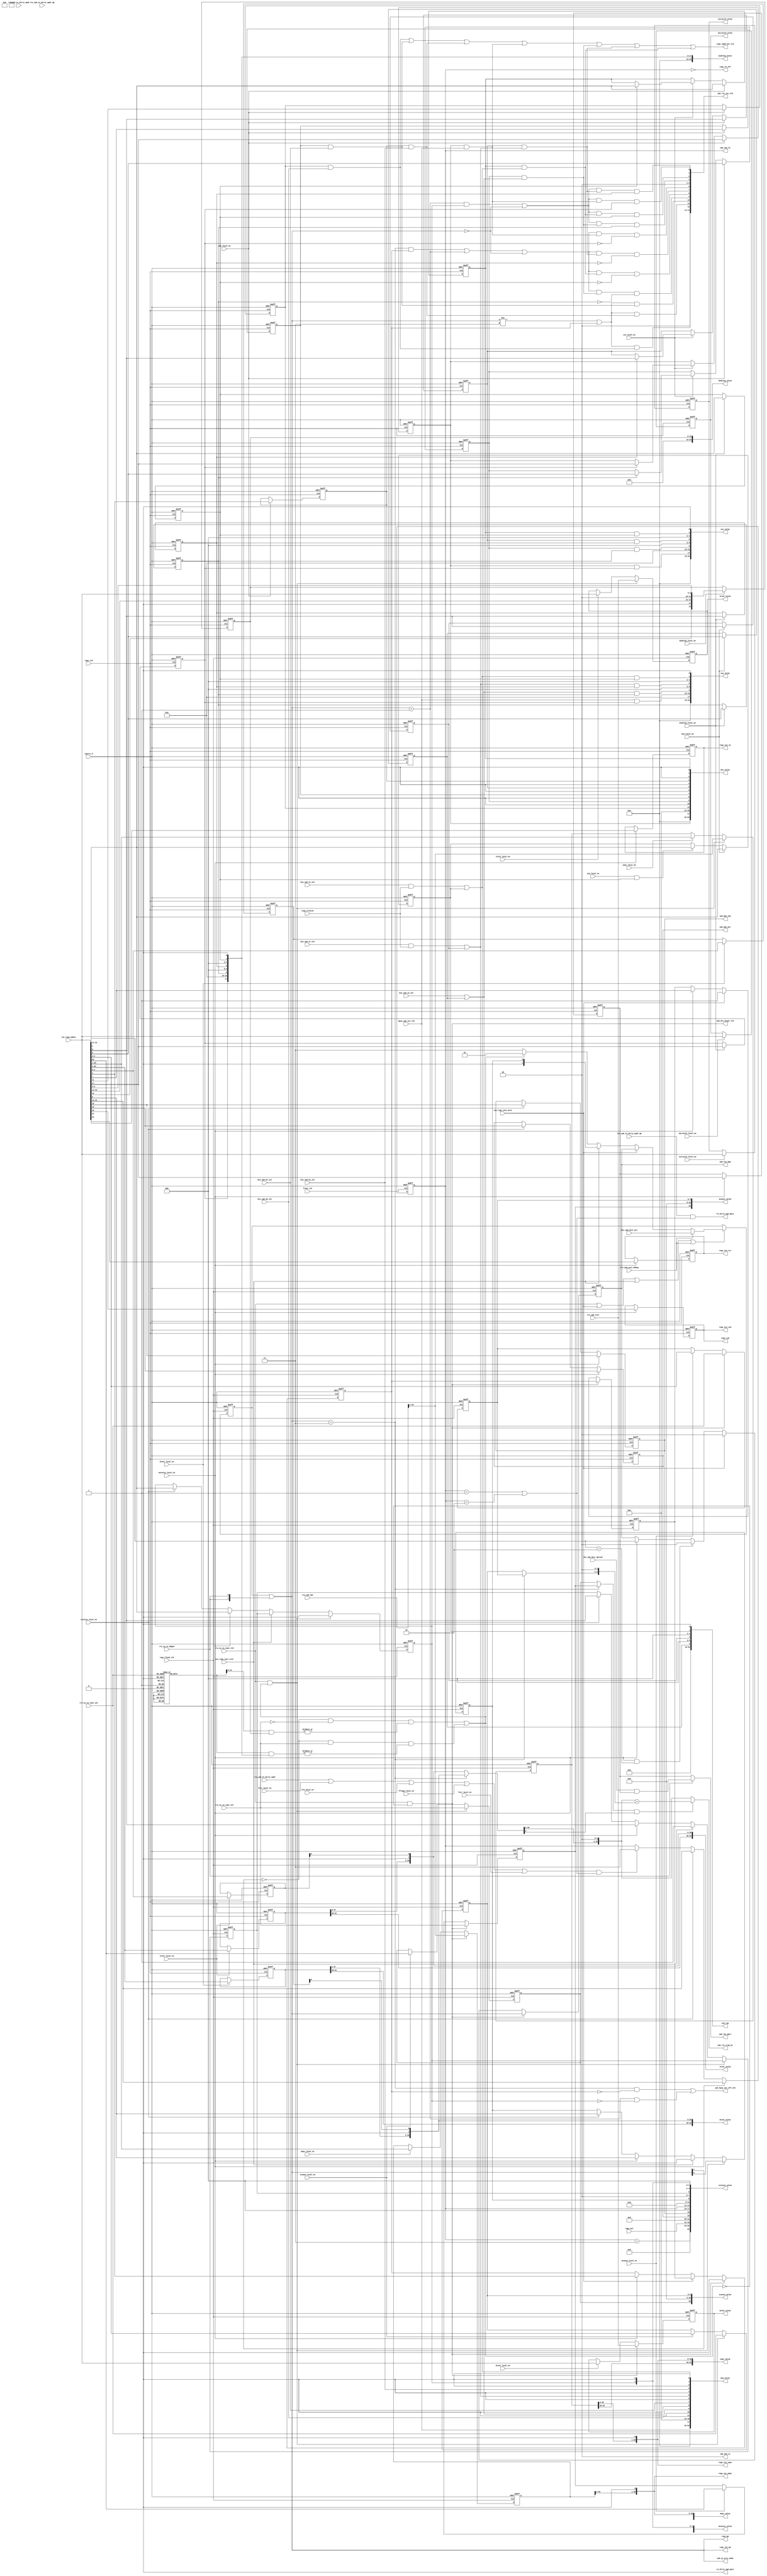
// This program was cloned from: https://github.com/T-head-Semi/openc906
// License: Apache License 2.0

/*Copyright 2020-2021 T-Head Semiconductor Co., Ltd.

Licensed under the Apache License, Version 2.0 (the "License");
you may not use this file except in compliance with the License.
You may obtain a copy of the License at

    http://www.apache.org/licenses/LICENSE-2.0

Unless required by applicable law or agreed to in writing, software
distributed under the License is distributed on an "AS IS" BASIS,
WITHOUT WARRANTIES OR CONDITIONS OF ANY KIND, either express or implied.
See the License for the specific language governing permissions and
limitations under the License.
*/

// &ModuleBeg; @23
module aq_cp0_trap_csr(
  biu_cp0_me_int,
  biu_cp0_ms_int,
  biu_cp0_mt_int,
  biu_cp0_se_int,
  biu_cp0_ss_int,
  biu_cp0_st_int,
  cp0_dtu_mexpt_vld,
  cp0_hpcp_int_off_vld,
  cp0_idu_fs,
  cp0_idu_vs,
  cp0_lsu_mpp,
  cp0_lsu_mprv,
  cp0_mmu_mxr,
  cp0_mmu_sum,
  cp0_rtu_int_vld,
  cp0_rtu_trap_pc,
  cp0_yy_priv_mode,
  cpurst_b,
  dtu_cp0_dcsr_mprven,
  dtu_cp0_dcsr_prv,
  fcsr_local_en,
  fflags_local_en,
  float_clk,
  frm_local_en,
  fs_dirty_upd_gate,
  fxcr_local_en,
  hpcp_cp0_int_vld,
  iui_regs_inst_mret,
  iui_regs_inst_sret,
  iui_regs_wdata,
  mcause_local_en,
  mcause_value,
  medeleg_local_en,
  medeleg_value,
  mepc_local_en,
  mepc_value,
  mideleg_local_en,
  mideleg_value,
  mie_local_en,
  mie_value,
  mip_local_en,
  mip_value,
  mscratch_local_en,
  mscratch_value,
  mstatus_local_en,
  mstatus_value,
  mtval_local_en,
  mtval_value,
  mtvec_local_en,
  mtvec_value,
  regs_clintee,
  regs_clk,
  regs_flush_clk,
  regs_fs_off,
  regs_iui_mepc,
  regs_iui_pm,
  regs_iui_sepc,
  regs_iui_tsr,
  regs_iui_tvm,
  regs_iui_tw,
  regs_lpmd_int_vld,
  regs_mxl,
  regs_pm,
  regs_tvm,
  rtu_cp0_epc,
  rtu_cp0_exit_debug,
  rtu_cp0_fs_dirty_updt,
  rtu_cp0_fs_dirty_updt_dp,
  rtu_cp0_tval,
  rtu_cp0_vs_dirty_updt,
  rtu_cp0_vs_dirty_updt_dp,
  rtu_yy_xx_dbgon,
  rtu_yy_xx_expt_int,
  rtu_yy_xx_expt_vec,
  rtu_yy_xx_expt_vld,
  scause_local_en,
  scause_value,
  sepc_local_en,
  sepc_value,
  sie_local_en,
  sie_value,
  sip_local_en,
  sip_raw,
  sip_value,
  sscratch_local_en,
  sscratch_value,
  sstatus_local_en,
  sstatus_value,
  stval_local_en,
  stval_value,
  stvec_local_en,
  stvec_value,
  vs_dirty_upd_gate
);


// &Ports; @25
input           biu_cp0_me_int;          
input           biu_cp0_ms_int;          
input           biu_cp0_mt_int;          
input           biu_cp0_se_int;          
input           biu_cp0_ss_int;          
input           biu_cp0_st_int;          
input           cpurst_b;                
input           dtu_cp0_dcsr_mprven;     
input   [1 :0]  dtu_cp0_dcsr_prv;        
input           fcsr_local_en;           
input           fflags_local_en;         
input           float_clk;               
input           frm_local_en;            
input           fxcr_local_en;           
input           hpcp_cp0_int_vld;        
input           iui_regs_inst_mret;      
input           iui_regs_inst_sret;      
input   [63:0]  iui_regs_wdata;          
input           mcause_local_en;         
input           medeleg_local_en;        
input           mepc_local_en;           
input           mideleg_local_en;        
input           mie_local_en;            
input           mip_local_en;            
input           mscratch_local_en;       
input           mstatus_local_en;        
input           mtval_local_en;          
input           mtvec_local_en;          
input           regs_clintee;            
input           regs_clk;                
input           regs_flush_clk;          
input   [1 :0]  regs_mxl;                
input   [63:0]  rtu_cp0_epc;             
input           rtu_cp0_exit_debug;      
input           rtu_cp0_fs_dirty_updt;   
input           rtu_cp0_fs_dirty_updt_dp; 
input   [63:0]  rtu_cp0_tval;            
input           rtu_cp0_vs_dirty_updt;   
input           rtu_cp0_vs_dirty_updt_dp; 
input           rtu_yy_xx_dbgon;         
input           rtu_yy_xx_expt_int;      
input   [4 :0]  rtu_yy_xx_expt_vec;      
input           rtu_yy_xx_expt_vld;      
input           scause_local_en;         
input           sepc_local_en;           
input           sie_local_en;            
input           sip_local_en;            
input           sscratch_local_en;       
input           sstatus_local_en;        
input           stval_local_en;          
input           stvec_local_en;          
output          cp0_dtu_mexpt_vld;       
output          cp0_hpcp_int_off_vld;    
output  [1 :0]  cp0_idu_fs;              
output  [1 :0]  cp0_idu_vs;              
output  [1 :0]  cp0_lsu_mpp;             
output          cp0_lsu_mprv;            
output          cp0_mmu_mxr;             
output          cp0_mmu_sum;             
output  [14:0]  cp0_rtu_int_vld;         
output  [39:0]  cp0_rtu_trap_pc;         
output  [1 :0]  cp0_yy_priv_mode;        
output          fs_dirty_upd_gate;       
output  [63:0]  mcause_value;            
output  [63:0]  medeleg_value;           
output  [63:0]  mepc_value;              
output  [63:0]  mideleg_value;           
output  [63:0]  mie_value;               
output  [63:0]  mip_value;               
output  [63:0]  mscratch_value;          
output  [63:0]  mstatus_value;           
output  [63:0]  mtval_value;             
output  [63:0]  mtvec_value;             
output          regs_fs_off;             
output  [39:0]  regs_iui_mepc;           
output  [1 :0]  regs_iui_pm;             
output  [39:0]  regs_iui_sepc;           
output          regs_iui_tsr;            
output          regs_iui_tvm;            
output          regs_iui_tw;             
output          regs_lpmd_int_vld;       
output  [1 :0]  regs_pm;                 
output          regs_tvm;                
output  [63:0]  scause_value;            
output  [63:0]  sepc_value;              
output  [63:0]  sie_value;               
output  [63:0]  sip_raw;                 
output  [63:0]  sip_value;               
output  [63:0]  sscratch_value;          
output  [63:0]  sstatus_value;           
output  [63:0]  stval_value;             
output  [63:0]  stvec_value;             
output          vs_dirty_upd_gate;       

// &Regs; @26
reg     [15:0]  edeleg;                  
reg     [1 :0]  fs_reg;                  
reg             m_intr;                  
reg     [4 :0]  m_vector;                
reg             meie;                    
reg     [62:0]  mepc_reg;                
reg             mie_bit;                 
reg             moie;                    
reg             moie_deleg;              
reg             mpie;                    
reg     [1 :0]  mpp;                     
reg             mprv;                    
reg     [63:0]  mscratch;                
reg             msie;                    
reg             mtie;                    
reg     [63:0]  mtval_data;              
reg     [61:0]  mtvec_base;              
reg     [1 :0]  mtvec_mode;              
reg             mxr;                     
reg     [1 :0]  pm_bits;                 
reg     [1 :0]  pm_wdata;                
reg             s_intr;                  
reg     [4 :0]  s_vector;                
reg             seie;                    
reg             seie_deleg;              
reg             seip_reg;                
reg     [62:0]  sepc_reg;                
reg             sie_bit;                 
reg             spie;                    
reg             spp;                     
reg     [63:0]  sscratch;                
reg             ssie;                    
reg             ssie_deleg;              
reg             ssip_reg;                
reg             stie;                    
reg             stie_deleg;              
reg             stip_reg;                
reg     [63:0]  stval_data;              
reg     [61:0]  stvec_base;              
reg     [1 :0]  stvec_mode;              
reg             sum;                     
reg             tsr;                     
reg             tvm;                     
reg             tw;                      
reg     [18:0]  vec_num;                 

// &Wires; @27
wire            biu_cp0_me_int;          
wire            biu_cp0_ms_int;          
wire            biu_cp0_mt_int;          
wire            biu_cp0_se_int;          
wire            biu_cp0_ss_int;          
wire            biu_cp0_st_int;          
wire            cp0_dtu_mexpt_vld;       
wire            cp0_hpcp_int_off_vld;    
wire    [1 :0]  cp0_idu_fs;              
wire    [1 :0]  cp0_idu_vs;              
wire    [1 :0]  cp0_lsu_mpp;             
wire            cp0_lsu_mprv;            
wire            cp0_mmu_mxr;             
wire            cp0_mmu_sum;             
wire    [14:0]  cp0_rtu_int_vld;         
wire    [39:0]  cp0_rtu_trap_pc;         
wire    [1 :0]  cp0_yy_priv_mode;        
wire            cpurst_b;                
wire            dtu_cp0_dcsr_mprven;     
wire    [1 :0]  dtu_cp0_dcsr_prv;        
wire    [15:0]  edeleg_upd_val;          
wire            fcsr_local_en;           
wire            fflags_local_en;         
wire            float_clk;               
wire            frm_local_en;            
wire    [1 :0]  fs;                      
wire            fs_dirty_upd;            
wire            fs_dirty_upd_gate;       
wire            fs_off;                  
wire            fxcr_local_en;           
wire            hpcp_cp0_int_vld;        
wire            int_off_vld;             
wire    [14:0]  int_sel;                 
wire            iui_regs_inst_mret;      
wire            iui_regs_inst_sret;      
wire    [63:0]  iui_regs_wdata;          
wire            lpmd_ack_vld;            
wire            mcause_local_en;         
wire    [63:0]  mcause_value;            
wire            mcie;                    
wire            mcie_deleg;              
wire            mcip;                    
wire            mcip_acc_en;             
wire            mcip_deleg_vld;          
wire            mcip_en;                 
wire            mcip_nodeleg_vld;        
wire            mdeleg_vld_dp;           
wire            medeleg_local_en;        
wire    [63:0]  medeleg_value;           
wire            medeleg_vld_dp;          
wire            meip;                    
wire            meip_en;                 
wire            meip_vld;                
wire            mepc_local_en;           
wire    [63:0]  mepc_value;              
wire            mhie;                    
wire            mhie_deleg;              
wire            mhip;                    
wire            mhip_acc_en;             
wire            mhip_deleg_vld;          
wire            mhip_en;                 
wire            mhip_nodeleg_vld;        
wire    [63:0]  mideleg;                 
wire            mideleg_local_en;        
wire    [63:0]  mideleg_value;           
wire            mideleg_vld_dp;          
wire            mie_local_en;            
wire    [63:0]  mie_value;               
wire            mip_local_en;            
wire    [63:0]  mip_value;               
wire            moip;                    
wire            moip_acc_en;             
wire            moip_deleg_vld;          
wire            moip_en;                 
wire            moip_nodeleg_vld;        
wire            mpv;                     
wire            mscratch_local_en;       
wire    [63:0]  mscratch_value;          
wire            msip;                    
wire            msip_en;                 
wire            msip_vld;                
wire            mstatus_local_en;        
wire    [63:0]  mstatus_value;           
wire            mtip;                    
wire            mtip_en;                 
wire            mtip_vld;                
wire            mtval_local_en;          
wire    [63:0]  mtval_value;             
wire            mtvec_local_en;          
wire    [63:0]  mtvec_value;             
wire    [1 :0]  pm;                      
wire            pm_wen;                  
wire            regs_clintee;            
wire            regs_clk;                
wire            regs_flush_clk;          
wire            regs_fs_off;             
wire            regs_intr;               
wire    [39:0]  regs_iui_mepc;           
wire    [1 :0]  regs_iui_pm;             
wire    [39:0]  regs_iui_sepc;           
wire            regs_iui_tsr;            
wire            regs_iui_tvm;            
wire            regs_iui_tw;             
wire            regs_lpmd_int_vld;       
wire            regs_mpp_write_ill;      
wire    [1 :0]  regs_mxl;                
wire    [1 :0]  regs_pm;                 
wire    [39:0]  regs_trap_pc;            
wire    [39:0]  regs_tvec;               
wire            regs_tvm;                
wire    [4 :0]  regs_vector;             
wire    [63:0]  rtu_cp0_epc;             
wire            rtu_cp0_exit_debug;      
wire            rtu_cp0_fs_dirty_updt;   
wire            rtu_cp0_fs_dirty_updt_dp; 
wire    [63:0]  rtu_cp0_tval;            
wire            rtu_yy_xx_dbgon;         
wire            rtu_yy_xx_expt_int;      
wire    [4 :0]  rtu_yy_xx_expt_vec;      
wire            rtu_yy_xx_expt_vld;      
wire            scause_local_en;         
wire    [63:0]  scause_value;            
wire            sd;                      
wire            seip;                    
wire            seip_acc_en;             
wire            seip_deleg_vld;          
wire            seip_en;                 
wire            seip_nodeleg_vld;        
wire            sepc_local_en;           
wire    [63:0]  sepc_value;              
wire            sie_local_en;            
wire    [63:0]  sie_value;               
wire            sip_local_en;            
wire    [63:0]  sip_raw;                 
wire    [63:0]  sip_value;               
wire            sscratch_local_en;       
wire    [63:0]  sscratch_value;          
wire            ssip;                    
wire            ssip_acc_en;             
wire            ssip_deleg_vld;          
wire            ssip_en;                 
wire            ssip_nodeleg_vld;        
wire            sstatus_local_en;        
wire            sstatus_spp;             
wire    [63:0]  sstatus_value;           
wire            stip;                    
wire            stip_acc_en;             
wire            stip_deleg_vld;          
wire            stip_en;                 
wire            stip_nodeleg_vld;        
wire            stval_local_en;          
wire    [63:0]  stval_value;             
wire            stvec_local_en;          
wire    [63:0]  stvec_value;             
wire    [1 :0]  sxl;                     
wire    [1 :0]  uxl;                     
wire    [39:0]  vec_int_pc;              
wire    [1 :0]  vs;                      
wire            vs_dirty_upd_gate;       
wire            vxrm_local_en;           
wire            vxsat_local_en;          
wire    [1 :0]  xs;                      


//==========================================================
//                 Trap Setup and Handling
//==========================================================
//----------------------------------------------------------
//                    Machine Trap Setup
//----------------------------------------------------------
// |------------|---------------------|--------------------|
// |    Name    |    Description      |        Note        |
// |------------|---------------------|--------------------|
// | mstatus    | M status register.  |                    |
// | medeleg    | M expt delegation.  |                    |
// | mideleg    | M int delegation.   |                    |
// | mie        | M int enable.       |                    |
// | mtvec      | M trap handle addr. |                    |
// |------------|---------------------|--------------------|
// ps. misa in info_csr;
//     mcounteren in hpcp_csr.

//----------------------------------------------------------
//                    Machine Trap Setup
//----------------------------------------------------------
// |------------|---------------------|--------------------|
// |    Name    |    Description      |        Note        |
// |------------|---------------------|--------------------|
// | mscratch   | Scrratch for M trap.|                    |
// | mepc       | M expt pc.          |                    |
// | mcause     | M trap cause.       |                    |
// | mtval      | M bad addr or inst. |                    |
// | mip        | M int pedning.    . |                    |
// |------------|---------------------|--------------------|

//----------------------------------------------------------
//                  Supervisor Trap Setup
//----------------------------------------------------------
// |------------|---------------------|--------------------|
// |    Name    |    Description      |        Note        |
// |------------|---------------------|--------------------|
// | sstatus    | S status register.  |                    |
// | sie        | S int enable.       |                    |
// | stvec      | S trap handle addr. |                    |
// |------------|---------------------|--------------------|
// ps. U-mode trap is not support, sedeleg and sideleg is not exist.
//    scounteren in hpcp_csr.

//----------------------------------------------------------
//                 Supervisor Trap Handling
//----------------------------------------------------------
// |------------|---------------------|--------------------|
// |    Name    |    Description      |        Note        |
// |------------|---------------------|--------------------|
// | sscratch   | Scrratch for S trap.|                    |
// | sepc       | S expt pc.          |                    |
// | scause     | S trap cause.       |                    |
// | stval      | S bad addr or inst. |                    |
// | sip        | S int pedning.    . |                    |
// |------------|---------------------|--------------------|

//==========================================================
//                    Define the MSTATUS
//==========================================================
// Machine Status Register
// 64-bit Machine Mode Read/Write
// Providing the CPU Status
// the definiton for MSTATUS register is listed as follows
// ===============================================================
// |63|62 40| 39|38 36|35 34|33 32|31 25|24 23| 22|21| 20| 19| 18|
// +--+-----+---+-----+-----+-----+-----+-----+---+--+---+---+---+
// |SD| Res |MPV| Res | SXL | UXL | Res | VS  |TSR|TM|TVM|MXR|SUM|
// ===============================================================
// ===================================================================
// | 17 |16 15|14 13|12 11|10 9| 8 |  7 | 6 |  5 | 4 | 3 | 2 | 1 | 0 |
// +----+-----+-----+-----+----+---+----+---+----+---+---+---+---+---+
// |MPRV| Res | FS  | MPP | Res|SPP|MPIE|Res|SPIE|Res|MIE|Res|SIE|Res|
// ===================================================================
assign sd = vs[1:0] == 2'b11 || fs_reg[1:0] == 2'b11 || xs[1:0] == 2'b11;

assign mpv = 1'b0;

assign sxl[1:0] = regs_mxl[1:0];

assign uxl[1:0] = regs_mxl[1:0];

// &Force("input", "rtu_cp0_vs_dirty_updt"); @134
// &Force("input", "rtu_cp0_vs_dirty_updt_dp"); @135
assign vs = 2'b0;
assign vs_dirty_upd_gate = 1'b0;
assign vxrm_local_en = 1'b0;
assign vxsat_local_en = 1'b0;

always @(posedge regs_clk or negedge cpurst_b)
begin
  if(!cpurst_b)
  begin
    tsr  <= 1'b0;
    tw   <= 1'b0;
    tvm  <= 1'b0;
    mprv <= 1'b0;
  end
  else if(mstatus_local_en)
  begin
    tsr  <= iui_regs_wdata[22];
    tw   <= iui_regs_wdata[21];
    tvm  <= iui_regs_wdata[20];
    mprv <= iui_regs_wdata[17];
  end
  else
  begin
    tsr  <= tsr;
    tw   <= tw;
    tvm  <= tvm;
    mprv <= mprv;
  end
end

always @(posedge regs_clk or negedge cpurst_b)
begin
  if(!cpurst_b)
  begin
    mxr  <= 1'b0;
    sum  <= 1'b0;
  end
  else if(mstatus_local_en)
  begin
    mxr  <= iui_regs_wdata[19];
    sum  <= iui_regs_wdata[18];
  end
  else if(sstatus_local_en)
  begin
    mxr  <= iui_regs_wdata[19];
    sum  <= iui_regs_wdata[18];
  end
  else
  begin
    mxr  <= mxr;
    sum  <= sum;
  end
end

assign xs[1:0] = 2'b00;

assign fs_dirty_upd_gate = rtu_cp0_fs_dirty_updt_dp && (fs[1:0] == 2'b1 || fs[1:0] == 2'b10);
assign fs_dirty_upd = (rtu_cp0_fs_dirty_updt
                    || fcsr_local_en
                    || frm_local_en
                    || fflags_local_en
                    || fxcr_local_en
                    || vxrm_local_en
                    || vxsat_local_en)
                   && (fs[1:0] == 2'b1 || fs[1:0] == 2'b10);

always @(posedge float_clk or negedge cpurst_b)
begin
  if(!cpurst_b)
    fs_reg[1:0] <= 2'b0;
  else if(mstatus_local_en)
    fs_reg[1:0] <= iui_regs_wdata[14:13];
  else if(sstatus_local_en)
    fs_reg[1:0] <= iui_regs_wdata[14:13];
  else if(fs_dirty_upd)
    fs_reg[1:0] <= 2'b11;
  else
    fs_reg[1:0] <= fs_reg[1:0];
end

assign fs[1:0] = fs_reg[1:0];
assign fs_off = fs[1:0] == 2'b0;


// PM field in mxstatus.
assign pm_wen = rtu_yy_xx_expt_vld
                || iui_regs_inst_mret
                || iui_regs_inst_sret
                || rtu_cp0_exit_debug;

// &CombBeg; @235
always @( mdeleg_vld_dp
       or pm[1:0]
       or sstatus_spp
       or rtu_cp0_exit_debug
       or iui_regs_inst_sret
       or dtu_cp0_dcsr_prv[1:0]
       or mpp[1:0]
       or iui_regs_inst_mret)
begin
  if(rtu_cp0_exit_debug)
    pm_wdata[1:0] = dtu_cp0_dcsr_prv[1:0];
  else if(iui_regs_inst_mret)
    pm_wdata[1:0] = mpp[1:0];
  else if(iui_regs_inst_sret)
    pm_wdata[1:0] = {1'b0, sstatus_spp};
  else if(!mdeleg_vld_dp)
    pm_wdata[1:0] = 2'b11;
  else if(mdeleg_vld_dp)
    pm_wdata[1:0] = 2'b01;
  else
    pm_wdata[1:0] = pm[1:0];
// &CombEnd; @248
end

always @(posedge regs_flush_clk or negedge cpurst_b)
begin
  if(!cpurst_b)
    pm_bits[1:0] <= 2'b11;
  else if(pm_wen)
    pm_bits[1:0] <= pm_wdata[1:0];
  else
    pm_bits[1:0] <= pm_bits[1:0];
end

//when in debug mode, all op should executed at m mode priv level
assign pm[1:0] = pm_bits[1:0] | {2{rtu_yy_xx_dbgon}};

assign regs_mpp_write_ill = iui_regs_wdata[12:11] == 2'b10; 

always @(posedge regs_flush_clk or negedge cpurst_b)
begin
  if(!cpurst_b)
    mpp[1:0] <= 2'b11;
  else if(rtu_yy_xx_expt_vld && !mdeleg_vld_dp)
    mpp[1:0] <= pm[1:0];
  else if(iui_regs_inst_mret)
    mpp[1:0] <= 2'b00;
  else if(mstatus_local_en && regs_mpp_write_ill)
    mpp[1:0] <= 2'b00;
  else if(mstatus_local_en)
    mpp[1:0] <= iui_regs_wdata[12:11];
  else
    mpp[1:0] <= mpp[1:0];
end

always @(posedge regs_flush_clk or negedge cpurst_b)
begin
  if(!cpurst_b)
    spp <= 1'b1;
  else if(rtu_yy_xx_expt_vld && mdeleg_vld_dp)
    spp <= pm[0];
  else if(iui_regs_inst_sret)
    spp <= 1'b0;
  else if(mstatus_local_en)
    spp <= iui_regs_wdata[8];
  else if(sstatus_local_en)
    spp <= iui_regs_wdata[8];
  else
    spp <= spp;
end

assign sstatus_spp = spp;

always @(posedge regs_flush_clk or negedge cpurst_b)
begin
  if(!cpurst_b)
    mpie <= 1'b0;
  else if(rtu_yy_xx_expt_vld && !mdeleg_vld_dp)
    mpie <= mie_bit;
  else if(iui_regs_inst_mret)
    mpie <= 1'b1;
  else if(mstatus_local_en)
    mpie <= iui_regs_wdata[7];
  else
    mpie <= mpie;
end

always @(posedge regs_flush_clk or negedge cpurst_b)
begin
  if(!cpurst_b)
    spie <= 1'b0;
  else if(rtu_yy_xx_expt_vld && mdeleg_vld_dp)
    spie <= sie_bit;
  else if(iui_regs_inst_sret)
    spie <= 1'b1;
  else if(mstatus_local_en)
    spie <= iui_regs_wdata[5];
  else if(sstatus_local_en)
    spie <= iui_regs_wdata[5];
  else
    spie <= spie;
end

always @(posedge regs_flush_clk or negedge cpurst_b)
begin
  if(!cpurst_b)
    mie_bit <= 1'b0;
  else if(rtu_yy_xx_expt_vld && !mdeleg_vld_dp)
    mie_bit <= 1'b0;
  else if(iui_regs_inst_mret)
    mie_bit <= mpie;
  else if(mstatus_local_en)
    mie_bit <= iui_regs_wdata[3];
  else
    mie_bit <= mie_bit;
end

always @(posedge regs_flush_clk or negedge cpurst_b)
begin
  if(!cpurst_b)
    sie_bit <= 1'b0;
  else if(rtu_yy_xx_expt_vld && mdeleg_vld_dp)
    sie_bit <= 1'b0;
  else if(iui_regs_inst_sret)
    sie_bit <= spie;
  else if(mstatus_local_en)
    sie_bit <= iui_regs_wdata[1];
  else if(sstatus_local_en)
    sie_bit <= iui_regs_wdata[1];
  else
    sie_bit <= sie_bit;
end

assign mstatus_value[63:0]  = {sd, 23'b0, mpv, 3'b0, sxl[1:0], uxl[1:0], 7'b0, vs[1:0],
                               tsr, tw, tvm, mxr, sum, mprv, 
                               xs[1:0], fs_reg[1:0], mpp[1:0], 2'b0, spp,
                               mpie, 1'b0, spie, 1'b0, mie_bit, 1'b0, sie_bit, 1'b0};

//==========================================================
//                    Define the SSTATUS
//==========================================================
//  Supervisor Status Register
//  64-bit Supervisor Mode Read/Write
//  Providing the CPU Status
//  the definiton for SSTATUS register is listed as follows
//==========================================================
assign sstatus_value[63:0]  = {sd, 29'b0, uxl[1:0], 7'b0, vs[1:0], 3'b0,
                               mxr, sum, 1'b0, xs[1:0], fs_reg[1:0],
                               4'b0, sstatus_spp, 2'b0, spie, 1'b0,
                               2'b0, sie_bit, 1'b0};

//==========================================================
//                    Define the MEDELEG
//==========================================================
//  Machine Exception Delegation Register
//  64-bit Machine Mode Read/Write
//  Providing the CPU Status
//  the definiton for MEDELEG register is listed as follows
//==========================================================
assign edeleg_upd_val[15:0] = {iui_regs_wdata[15], 1'b0, 
                               iui_regs_wdata[13:12], 2'b0,
                               iui_regs_wdata[9:0]};

always @(posedge regs_clk or negedge cpurst_b)
begin
  if(!cpurst_b)
    edeleg[15:0] <= 16'b0;
  else if(medeleg_local_en)
    edeleg[15:0] <= edeleg_upd_val[15:0];
  else
    edeleg[15:0] <= edeleg[15:0];
end
assign medeleg_value[63:0] = {48'b0, edeleg[15:0]};

// decode the vector value
// &CombBeg; @401
always @( rtu_yy_xx_expt_vec[4:0])
begin
case(rtu_yy_xx_expt_vec[4:0])
  5'd1:    vec_num[18:0] = 19'h0002;
  5'd2:    vec_num[18:0] = 19'h0004;
  5'd3:    vec_num[18:0] = 19'h0008;
  5'd4:    vec_num[18:0] = 19'h0010;
  5'd5:    vec_num[18:0] = 19'h0020;
  5'd6:    vec_num[18:0] = 19'h0040;
  5'd7:    vec_num[18:0] = 19'h0080;
  5'd8:    vec_num[18:0] = 19'h0100;
  5'd9:    vec_num[18:0] = 19'h0200;
  5'd11:   vec_num[18:0] = 19'h0800;
  5'd12:   vec_num[18:0] = 19'h1000;
  5'd13:   vec_num[18:0] = 19'h2000;
  5'd15:   vec_num[18:0] = 19'h8000;
  5'd16:   vec_num[18:0] = 19'h10000;
  5'd17:   vec_num[18:0] = 19'h20000;
  5'd18:   vec_num[18:0] = 19'h40000;
  default: vec_num[18:0] = 19'h0;
endcase
// &CombEnd; @421
end

// medeleg valid when cpu in s-mode and vector hit
assign medeleg_vld_dp = (pm[1] == 1'b0) && !rtu_yy_xx_expt_int
                 && |(vec_num[15:0] & edeleg[15:0]);

//==========================================================
//                    Define the MIDELEG
//==========================================================
//  Machine Interrupt Delegation Register
//  64-bit Machine Mode Read/Write
//  Providing the CPU Status
//  the definiton for MIDELEG register is listed as follows
//  mhie for pc trace Halt int
//  moie for hpm Overflow int
//  mcie for error Correction int
//==========================================================
assign mhie_deleg = 1'b0;

assign mcie_deleg = 1'b0;

always @(posedge regs_clk or negedge cpurst_b)
begin
  if(!cpurst_b)
  begin
    moie_deleg <= 1'b0;
    seie_deleg <= 1'b0;
    stie_deleg <= 1'b0;
    ssie_deleg <= 1'b0;
  end
  else if(mideleg_local_en)
  begin
    moie_deleg <= iui_regs_wdata[17];
    seie_deleg <= iui_regs_wdata[9];
    stie_deleg <= iui_regs_wdata[5];
    ssie_deleg <= iui_regs_wdata[1];
  end
  else
  begin
    moie_deleg <= moie_deleg;
    seie_deleg <= seie_deleg;
    stie_deleg <= stie_deleg;
    ssie_deleg <= ssie_deleg;
  end
end

assign mideleg[63:0] = {45'b0, mhie_deleg, moie_deleg, mcie_deleg,
                        6'b0, seie_deleg, 1'b0,
                        2'b0, stie_deleg, 1'b0,
                        2'b0, ssie_deleg, 1'b0};

assign mideleg_value[63:0] = mideleg[63:0];

// mideleg valid when cpu in s-mode/u-mode and vector hit
assign mideleg_vld_dp = (pm[1] == 1'b0) && rtu_yy_xx_expt_int
                 && |(vec_num[18:0] & mideleg[18:0]);

assign mdeleg_vld_dp = medeleg_vld_dp || mideleg_vld_dp;

//==========================================================
//                      Define the MIE
//==========================================================
//  Machine Interrupt Enable Register
//  64-bit Machine Mode Read/Write
//  Providing the Interrupt Local Enable of the current core
//  the definiton for MIE register is listed as follows
//==========================================================
assign mhie = 1'b0;

assign mcie = 1'b0;

always @(posedge regs_clk or negedge cpurst_b)
begin
  if(!cpurst_b)
  begin
    moie <= 1'b0;
    meie <= 1'b0;
    seie <= 1'b0;
    mtie <= 1'b0;
    stie <= 1'b0;
    msie <= 1'b0;
    ssie <= 1'b0;
  end
  else if(mie_local_en)
  begin
    moie <= iui_regs_wdata[17];
    meie <= iui_regs_wdata[11];
    seie <= iui_regs_wdata[9];
    mtie <= iui_regs_wdata[7];
    stie <= iui_regs_wdata[5];
    msie <= iui_regs_wdata[3];
    ssie <= iui_regs_wdata[1];
  end
  else if(sie_local_en)
  begin
    moie <= moip_acc_en ? iui_regs_wdata[17] : moie;
    meie <= meie;
    seie <= seip_acc_en ? iui_regs_wdata[9] : seie;
    mtie <= mtie;
    stie <= stip_acc_en ? iui_regs_wdata[5] : stie;
    msie <= msie;
    ssie <= ssip_acc_en ? iui_regs_wdata[1] : ssie;
  end
  else
  begin
    moie <= moie;
    meie <= meie;
    seie <= seie;
    mtie <= mtie;
    stie <= stie;
    msie <= msie;
    ssie <= ssie;
  end
end
 
assign mie_value[63:0] =  {45'b0, mhie, moie, mcie, 4'b0, 
                                  meie, 1'b0, seie, 1'b0, 
                                  mtie, 1'b0, stie, 1'b0, 
                                  msie, 1'b0, ssie, 1'b0}; 

//==========================================================
//                      Define the SIE
//==========================================================
//  Supervisor Interrupt Enable Register
//  64-bit Supervisor Mode Read/Write
//  Providing the Interrupt Local Enable of the current core
//  the definiton for SIE register is listed as follows
//==========================================================
assign sie_value[63:0] =  {45'b0, mhie && mhip_acc_en,
                            moie && moip_acc_en, mcie && mcip_acc_en,
                            6'b0, seie && seip_acc_en, 1'b0, 
                            2'b0, stie && stip_acc_en, 1'b0, 
                            2'b0, ssie && ssip_acc_en, 1'b0}; 

//==========================================================
//                     Define the MTVEC
//==========================================================
//  Machine Trap Vector Register
//  64-bit Machine Mode Read/Write
//  Providing the Trap Vector Base and Mode 
//  the definiton for MTVEC register is listed as follows
//==========================================================
always @(posedge regs_clk or negedge cpurst_b)
begin
  if(!cpurst_b)
    mtvec_mode[1:0] <= 2'b0;
  else if(mtvec_local_en)
    mtvec_mode[1:0] <= iui_regs_wdata[1:0];
  else
    mtvec_mode[1:0] <= mtvec_mode[1:0];
end

always @(posedge regs_clk or negedge cpurst_b)
begin
  if(!cpurst_b)
    mtvec_base[61:0] <= 62'b0;
  else if(mtvec_local_en)
    mtvec_base[61:0] <= iui_regs_wdata[63:2];
  else
    mtvec_base[61:0] <= mtvec_base[61:0];
end

assign mtvec_value[63:0] = {mtvec_base[61:0], 1'b0, mtvec_mode[0]};
// &Force("output", "mtvec_value"); &Force("bus", "mtvec_value", 63, 0); @664

//==========================================================
//                     Define the STVEC
//==========================================================
//  Supervisor Trap Vector Register
//  64-bit Supervisor Mode Read/Write
//  Providing the Trap Vector Base and Mode 
//  the definiton for STVEC register is listed as follows
//==========================================================
always @(posedge regs_clk or negedge cpurst_b)
begin
  if(!cpurst_b)
    stvec_mode[1:0] <= 2'b0;
  else if(stvec_local_en)
    stvec_mode[1:0] <= iui_regs_wdata[1:0];
  else
    stvec_mode[1:0] <= stvec_mode[1:0];
end

always @(posedge regs_clk or negedge cpurst_b)
begin
  if(!cpurst_b)
    stvec_base[61:0] <= 62'b0;
  else if(stvec_local_en)
    stvec_base[61:0] <= iui_regs_wdata[63:2];
  else
    stvec_base[61:0] <= stvec_base[61:0];
end

assign stvec_value[63:0] = {stvec_base[61:0], 1'b0, stvec_mode[0]};
// &Force("output", "stvec_value"); &Force("bus", "stvec_value", 63, 0); @695

//==========================================================
//                   Define the MSCRATCH
//==========================================================
//  Machine Scratch Register
//  64-bit Machine Mode Read/Write
//  Providing the Software Scratch register
//  the definiton for MSCRATCH register is listed as follows
//==========================================================
always @(posedge regs_clk or negedge cpurst_b)
begin
  if(!cpurst_b)
    mscratch[63:0] <= 64'b0;
  else if(mscratch_local_en)
    mscratch[63:0] <= iui_regs_wdata[63:0];
  else
    mscratch[63:0] <= mscratch[63:0];
end

assign mscratch_value[63:0] = mscratch[63:0];

//==========================================================
//                   Define the SSCRATCH
//==========================================================
//  Supervisor Scratch Register
//  64-bit Supervisor Mode Read/Write
//  Providing the Software Scratch register
//  the definiton for SSCRATCH register is listed as follows
//==========================================================
always @(posedge regs_clk or negedge cpurst_b)
begin
  if(!cpurst_b)
    sscratch[63:0] <= 64'b0;
  else if(sscratch_local_en)
    sscratch[63:0] <= iui_regs_wdata[63:0];
  else
    sscratch[63:0] <= sscratch[63:0];
end

assign sscratch_value[63:0] = sscratch[63:0];

//==========================================================
//                     Define the MEPC
//==========================================================
//  Machine Exception PC Register
//  64-bit Machine Mode Read/Write
//  Providing the Machine Exception PC Register
//  the definiton for MEPC register is listed as follows
//==========================================================
// &Force("bus", "rtu_cp0_epc", 63, 0); @745
always @(posedge regs_flush_clk or negedge cpurst_b)
begin
  if(!cpurst_b)
    mepc_reg[62:0] <= 63'b0;
  else if(rtu_yy_xx_expt_vld && !mdeleg_vld_dp)
    mepc_reg[62:0] <= rtu_cp0_epc[63:1];
  else if(mepc_local_en)
    mepc_reg[62:0] <= iui_regs_wdata[63:1];
  else
    mepc_reg[62:0] <= mepc_reg[62:0];
end

assign mepc_value[63:0] = {mepc_reg[62:0], 1'b0};

//==========================================================
//                     Define the SEPC
//==========================================================
//  Supervisor Exception PC Register
//  64-bit Supervisor Mode Read/Write
//  Providing the Supervisor Exception PC Register
//  the definiton for SEPC register is listed as follows
//==========================================================
always @(posedge regs_flush_clk or negedge cpurst_b)
begin
  if(!cpurst_b)
    sepc_reg[62:0] <= 63'b0;
  else if(rtu_yy_xx_expt_vld && mdeleg_vld_dp)
    sepc_reg[62:0] <= rtu_cp0_epc[63:1];
  else if(sepc_local_en)
    sepc_reg[62:0] <= iui_regs_wdata[63:1];
  else
    sepc_reg[62:0] <= sepc_reg[62:0];
end

assign sepc_value[63:0] = {sepc_reg[62:0], 1'b0};

//==========================================================
//                    Define the MCAUSE
//==========================================================
//  Machine CAUSE Register
//  64-bit Machine Mode Read/Write
//  Providing the Machine Trap Cause register
//  the definiton for MCAUSE register is listed as follows
//==========================================================
always @(posedge regs_flush_clk or negedge cpurst_b)
begin
  if(!cpurst_b)
    m_intr <= 1'b0;
  else if(rtu_yy_xx_expt_vld && !mdeleg_vld_dp)
    m_intr <= rtu_yy_xx_expt_int;
  else if(mcause_local_en)
    m_intr <= iui_regs_wdata[63];
  else
    m_intr <= m_intr;
end

always @(posedge regs_flush_clk or negedge cpurst_b)
begin
  if(!cpurst_b)
    m_vector[4:0] <= 5'b0;
  else if(rtu_yy_xx_expt_vld && !mdeleg_vld_dp)
    m_vector[4:0] <= rtu_yy_xx_expt_vec[4:0];
  else if(mcause_local_en)
    m_vector[4:0] <= iui_regs_wdata[4:0];
  else
    m_vector[4:0] <= m_vector[4:0];
end

assign mcause_value[63:0]  = {m_intr, 58'b0, m_vector[4:0]};

//==========================================================
//                    Define the SCAUSE
//==========================================================
//  Supervisor CAUSE Register
//  64-bit Supervisor Mode Read/Write
//  Providing the Supervisor Trap Cause register
//  the definiton for SCAUSE register is listed as follows
//==========================================================
always @(posedge regs_flush_clk or negedge cpurst_b)
begin
  if(!cpurst_b)
    s_intr <= 1'b0;
  else if(rtu_yy_xx_expt_vld && mdeleg_vld_dp)
    s_intr <= rtu_yy_xx_expt_int;
  else if(scause_local_en)
    s_intr <= iui_regs_wdata[63];
  else
    s_intr <= s_intr;
end

always @(posedge regs_flush_clk or negedge cpurst_b)
begin
  if(!cpurst_b)
    s_vector[4:0] <= 5'b0;
  else if(rtu_yy_xx_expt_vld && mdeleg_vld_dp)
    s_vector[4:0] <= rtu_yy_xx_expt_vec[4:0];
  else if(scause_local_en)
    s_vector[4:0] <= iui_regs_wdata[4:0];
  else
    s_vector[4:0] <= s_vector[4:0];
end

assign scause_value[63:0] = {s_intr, 58'b0, s_vector[4:0]};

//==========================================================
//                     Define the MTVAL
//==========================================================
//  Machine Trap value Register
//  64-bit Machine Mode Read/Write
//  Providing the trap value register
//  the definiton for MTVAL register is listed as follows
//==========================================================
always @(posedge regs_flush_clk or negedge cpurst_b)
begin
  if(!cpurst_b)
    mtval_data[63:0] <= 64'b0;
  else if(rtu_yy_xx_expt_vld && !mdeleg_vld_dp) 
    mtval_data[63:0] <= rtu_cp0_tval[63:0];
  else if(mtval_local_en)
    mtval_data[63:0] <= iui_regs_wdata[63:0];
  else
    mtval_data[63:0] <= mtval_data[63:0];
end

assign mtval_value[63:0] = mtval_data[63:0];

//==========================================================
//                     Define the STVAL
//==========================================================
//  Supervisor Trap value Register
//  64-bit Supervisor Mode Read/Write
//  Providing the trap value register
//  the definiton for STVAL register is listed as follows
//==========================================================
always @(posedge regs_flush_clk or negedge cpurst_b)
begin
  if(!cpurst_b)
    stval_data[63:0] <= 64'b0;
  else if(rtu_yy_xx_expt_vld && mdeleg_vld_dp) 
    stval_data[63:0] <= rtu_cp0_tval[63:0];
  else if(stval_local_en)
    stval_data[63:0] <= iui_regs_wdata[63:0];
  else
    stval_data[63:0] <= stval_data[63:0];
end

assign stval_value[63:0] = stval_data[63:0];

//==========================================================
//                      Define the MIP
//==========================================================
//  Machine Interrupt Pending Register
//  64-bit Machine Mode Read/Write
//  Providing the Interrupt Pending of the current core
//  the definiton for MIP register is listed as follows
//==========================================================
assign mhip_acc_en = mideleg[18];
assign moip_acc_en = mideleg[17];
assign mcip_acc_en = mideleg[16];
assign seip_acc_en = mideleg[9];
assign stip_acc_en = mideleg[5];
assign ssip_acc_en = mideleg[1];

always @(posedge regs_clk or negedge cpurst_b)
begin
  if(!cpurst_b)
  begin
    seip_reg <= 1'b0;
    stip_reg <= 1'b0;
    ssip_reg <= 1'b0;
  end
  else if(mip_local_en)
  begin
    seip_reg <= iui_regs_wdata[9];
    stip_reg <= iui_regs_wdata[5];
    ssip_reg <= iui_regs_wdata[1];
  end
  else if(sip_local_en && ssip_acc_en)
  begin
    seip_reg <= seip_reg;
    stip_reg <= stip_reg;
    ssip_reg <= iui_regs_wdata[1];
  end
  else
  begin
    seip_reg <= seip_reg;
    stip_reg <= stip_reg;
    ssip_reg <= ssip_reg;
  end
end
  
assign mhip = 1'b0;
assign moip = hpcp_cp0_int_vld;
// assign mcip = ecc_int_vld;
assign mcip = 1'b0;
assign meip = biu_cp0_me_int;
assign mtip = biu_cp0_mt_int;
assign msip = biu_cp0_ms_int;

assign seip = biu_cp0_se_int || seip_reg;
assign stip = biu_cp0_st_int && regs_clintee || stip_reg;
assign ssip = biu_cp0_ss_int && regs_clintee || ssip_reg;

assign mip_value[63:0] =  {45'b0, mhip, moip, mcip, 4'b0,
                                  meip, 1'b0, seip, 1'b0, 
                                  mtip, 1'b0, stip, 1'b0, 
                                  msip, 1'b0, ssip, 1'b0}; 

assign sip_raw[63:0] = {48'b0, 4'b0,
                               2'b0, seip_reg, 1'b0,
                               2'b0, stip_reg, 1'b0,
                               2'b0, ssip_reg, 1'b0};

//==========================================================
//                      Define the SIP
//==========================================================
//  Supervisor Interrupt Pending Register
//  64-bit Supervisor Mode Read/Write
//  Providing the Interrupt Pending of the current core
//  the definiton for SIP register is listed as follows
//==========================================================
assign sip_value[63:0] =  {45'b0, mhip && mhip_acc_en,
                            moip && moip_acc_en, mcip && mcip_acc_en,
                            6'b0, seip && seip_acc_en, 1'b0, 
                            2'b0, stip && stip_acc_en, 1'b0, 
                            2'b0, ssip && ssip_acc_en, 1'b0}; 

//==========================================================
//                      Int Judgement
//==========================================================
assign mhip_en = mhie && mhip;
assign moip_en = moie && moip;
assign mcip_en = mcie && mcip;
assign meip_en = meie && meip;
assign mtip_en = mtie && mtip;
assign msip_en = msie && msip;

assign seip_en = seie && seip;
assign stip_en = stie && stip;
assign ssip_en = ssie && ssip;

// For MEI, MTI, MSI: 
assign mhip_nodeleg_vld = (pm[1:0] == 2'b11 && mie_bit 
                        || pm[1:0] == 2'b01
                        || pm[1:0] == 2'b00)
                      && mhip_en && !mideleg[18];
assign moip_nodeleg_vld = (pm[1:0] == 2'b11 && mie_bit 
                        || pm[1:0] == 2'b01
                        || pm[1:0] == 2'b00)
                      && moip_en && !mideleg[17];
assign mcip_nodeleg_vld = (pm[1:0] == 2'b11 && mie_bit 
                        || pm[1:0] == 2'b01
                        || pm[1:0] == 2'b00)
                      && mcip_en && !mideleg[16];
assign mhip_deleg_vld = (pm[1:0] == 2'b01 && sie_bit
                      || pm[1:0] == 2'b00)
                    && mhip_en && mideleg[18];
assign moip_deleg_vld = (pm[1:0] == 2'b01 && sie_bit
                      || pm[1:0] == 2'b00)
                    && moip_en && mideleg[17];
assign mcip_deleg_vld = (pm[1:0] == 2'b01 && sie_bit
                      || pm[1:0] == 2'b00)
                    && mcip_en && mideleg[16];
assign meip_vld = (pm[1:0] != 2'b11 || mie_bit) && meip_en;
assign mtip_vld = (pm[1:0] != 2'b11 || mie_bit) && mtip_en;
assign msip_vld = (pm[1:0] != 2'b11 || mie_bit) && msip_en;

// For SEI, STI, SSI: 
// M-Mode -> MIE Controlled when non-delegation;
// S-Mode -> SIE Controlled
// U-Mode -> Global always on
assign seip_nodeleg_vld = (pm[1:0] == 2'b11 && mie_bit 
                          || pm[1:0] == 2'b01
                          || pm[1:0] == 2'b00)
                        && seip_en && !mideleg[9];
assign stip_nodeleg_vld = (pm[1:0] == 2'b11 && mie_bit 
                          || pm[1:0] == 2'b01
                          || pm[1:0] == 2'b00)
                        && stip_en && !mideleg[5];
assign ssip_nodeleg_vld = (pm[1:0] == 2'b11 && mie_bit
                          || pm[1:0] == 2'b01
                          || pm[1:0] == 2'b00)
                        && ssip_en && !mideleg[1];
assign seip_deleg_vld = (pm[1:0] == 2'b01 && sie_bit
                        || pm[1:0] == 2'b00)
                      && seip_en && mideleg[9];
assign stip_deleg_vld = (pm[1:0] == 2'b01 && sie_bit
                        || pm[1:0] == 2'b00)
                      && stip_en && mideleg[5];
assign ssip_deleg_vld = (pm[1:0] == 2'b01 && sie_bit
                        || pm[1:0] == 2'b00)
                      && ssip_en && mideleg[1];

assign int_sel[14:0] = {mcip_nodeleg_vld, mhip_nodeleg_vld,
                        meip_vld, msip_vld, mtip_vld,
                        seip_nodeleg_vld, ssip_nodeleg_vld, stip_nodeleg_vld,
                        moip_nodeleg_vld,
                        mcip_deleg_vld, mhip_deleg_vld,
                        seip_deleg_vld, ssip_deleg_vld, stip_deleg_vld,
                        moip_deleg_vld};

assign lpmd_ack_vld = meip_en || mtip_en || msip_en || moip_en || mcip_en
                   || seip_en || stip_en || ssip_en;

//==========================================================
//                  Trap Address Generate
//==========================================================
assign regs_tvec[39:0]  = pm[1:0] == 2'b11 ? mtvec_value[39:0]
                                           : stvec_value[39:0];

assign regs_vector[4:0] = pm[1:0] == 2'b11 ? m_vector[4:0]
                                           : s_vector[4:0];

assign regs_intr        = pm[1:0] == 2'b11 ? m_intr
                                           : s_intr;

assign vec_int_pc[39:0] = {regs_tvec[39:2], 2'b0}
                        + {33'b0, regs_vector[4:0], 2'b0};

assign regs_trap_pc[39:0] = regs_intr && regs_tvec[0] ? vec_int_pc[39:0]
                                                      : {regs_tvec[39:2], 2'b0};

//==========================================================
//                     HPCP information
//==========================================================
assign int_off_vld = (pm[1:0] == 2'b11) && !mie_bit
                  || (pm[1:0] == 2'b01) && !sie_bit;

//==========================================================
//                          Output
//==========================================================
//----------------------------------------------------------
//                         For CP0
//----------------------------------------------------------
assign regs_pm[1:0] = pm[1:0];
assign regs_tvm     = tvm;
assign regs_fs_off  = fs_off;

assign regs_iui_tsr     = tsr;
assign regs_iui_tvm     = tvm;
assign regs_iui_tw      = tw;
assign regs_iui_pm[1:0] = pm[1:0];

assign regs_iui_mepc[39:0] = {mepc_reg[38:0], 1'b0};
assign regs_iui_sepc[39:0] = {sepc_reg[38:0], 1'b0};

assign regs_lpmd_int_vld = lpmd_ack_vld;

//----------------------------------------------------------
//                          For XX
//----------------------------------------------------------
assign cp0_yy_priv_mode[1:0] = pm[1:0];

//----------------------------------------------------------
//                         For RTU
//----------------------------------------------------------
assign cp0_rtu_int_vld[14:0] = int_sel[14:0];
assign cp0_rtu_trap_pc[39:0] = regs_trap_pc[39:0];

//----------------------------------------------------------
//                         For IDU
//----------------------------------------------------------
assign cp0_idu_fs[1:0] = fs[1:0];
assign cp0_idu_vs[1:0] = vs[1:0];

//----------------------------------------------------------
//                         For PMP
//----------------------------------------------------------
//assign cp0_pmp_mpp[1:0] = mpp[1:0];
//assign cp0_pmp_mprv     = mprv;

//----------------------------------------------------------
//                         For MMU
//----------------------------------------------------------
assign cp0_mmu_sum = sum;
//assign cp0_mmu_mpp[1:0] = mpp[1:0];
//assign cp0_mmu_mprv     = mprv;
assign cp0_mmu_mxr      = mxr;

//----------------------------------------------------------
//                         For LSU
//----------------------------------------------------------
assign cp0_lsu_mpp[1:0] = mpp[1:0];
assign cp0_lsu_mprv     = rtu_yy_xx_dbgon ? dtu_cp0_dcsr_mprven && mprv : mprv;

//----------------------------------------------------------
//                         For HAD
//----------------------------------------------------------
assign cp0_dtu_mexpt_vld = rtu_yy_xx_expt_vld && !mdeleg_vld_dp;

//----------------------------------------------------------
//                         For HPCP
//----------------------------------------------------------
assign cp0_hpcp_int_off_vld = int_off_vld;


// &ModuleEnd; @1155
endmodule